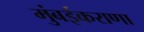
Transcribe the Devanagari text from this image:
मुंबईकराणा